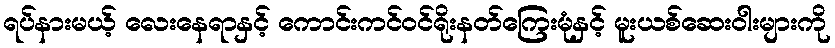
ရပ်နားမယ့် လေးနေရာနှင့် ကောင်းကင်ဝင်ရိုးနတ်ကြေးမုံနှင့် မူးယစ်ဆေးဝါးများကို